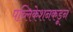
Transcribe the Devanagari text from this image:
पब्लिकेशनकडून